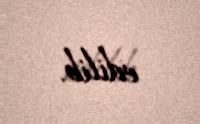
edilib.